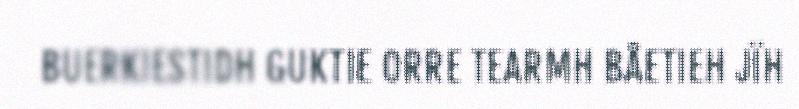
BUERKIESTIDH GUKTIE ORRE TEARMH BÅETIEH JÏH